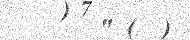
" (  )